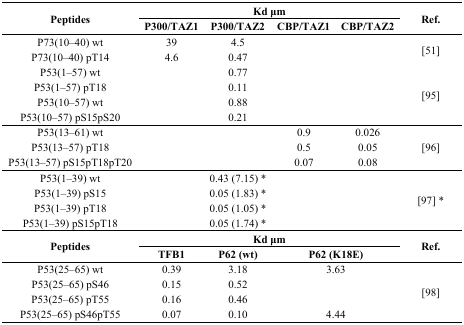
<table><thead><tr><td rowspan="2"><b>Peptides</b></td><td colspan="4"><b>Kd μm</b></td><td rowspan="2"><b>Ref.</b></td></tr><tr><td><b>P300/TAZ1</b></td><td><b>P300/TAZ2</b></td><td><b>CBP/TAZ1</b></td><td><b>CBP/TAZ2</b></td></tr></thead><tbody><tr><td>P73(10–40) wt</td><td>39</td><td>4.5</td><td></td><td></td><td rowspan="2">[51]</td></tr><tr><td>P73(10–40) pT14</td><td>4.6</td><td>0.47</td><td></td><td></td></tr><tr><td>P53(1–57) wt</td><td></td><td>0.77</td><td></td><td></td><td rowspan="4">[95]</td></tr><tr><td>P53(1–57) pT18</td><td></td><td>0.11</td><td></td><td></td></tr><tr><td>P53(10–57) wt</td><td></td><td>0.88</td><td></td><td></td></tr><tr><td>P53(10–57) pS15pS20</td><td></td><td>0.21</td><td></td><td></td></tr><tr><td>P53(13–61) wt</td><td></td><td></td><td>0.9</td><td>0.026</td><td rowspan="3">[96]</td></tr><tr><td>P53(13–57) pT18</td><td></td><td></td><td>0.5</td><td>0.05</td></tr><tr><td>P53(13–57) pS15pT18pT20</td><td></td><td></td><td>0.07</td><td>0.08</td></tr><tr><td>P53(1–39) wt</td><td></td><td>0.43 (7.15) *</td><td></td><td></td><td rowspan="4">[97] *</td></tr><tr><td>P53(1–39) pS15</td><td></td><td>0.05 (1.83) *</td><td></td><td></td></tr><tr><td>P53(1–39) pT18</td><td></td><td>0.05 (1.05) *</td><td></td><td></td></tr><tr><td>P53(1–39) pS15pT18</td><td></td><td>0.05 (1.74) *</td><td></td><td></td></tr><tr><td rowspan="2"><b>Peptides</b></td><td colspan="4"><b>Kd μm</b></td><td rowspan="2"><b>Ref.</b></td></tr><tr><td><b>TFB1</b></td><td><b>P62 (wt)</b></td><td colspan="2"><b>P62 (K18E)</b></td></tr><tr><td>P53(25–65) wt</td><td>0.39</td><td>3.18</td><td colspan="2">3.63</td><td rowspan="4">[98]</td></tr><tr><td>P53(25–65) pS46</td><td>0.15</td><td>0.52</td><td colspan="2"></td></tr><tr><td>P53(25–65) pT55</td><td>0.16</td><td>0.46</td><td colspan="2"></td></tr><tr><td>P53(25–65) pS46pT55</td><td>0.07</td><td>0.10</td><td colspan="2">4.44</td></tr></tbody></table>